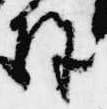
除